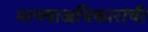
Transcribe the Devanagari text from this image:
मानवाअधिकारांची